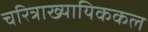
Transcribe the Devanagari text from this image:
चरित्राख्यायिककल